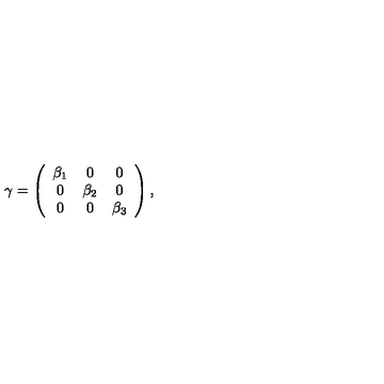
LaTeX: \gamma = \left( \begin{array} { c c c } { \beta _ { 1 } } & { 0 } & { 0 } \\ { 0 } & { \beta _ { 2 } } & { 0 } \\ { 0 } & { 0 } & { \beta _ { 3 } } \\ \end{array} \right) ,